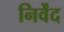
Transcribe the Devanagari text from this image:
निर्वेंद